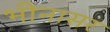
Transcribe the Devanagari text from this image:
भीनासर